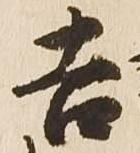
吉